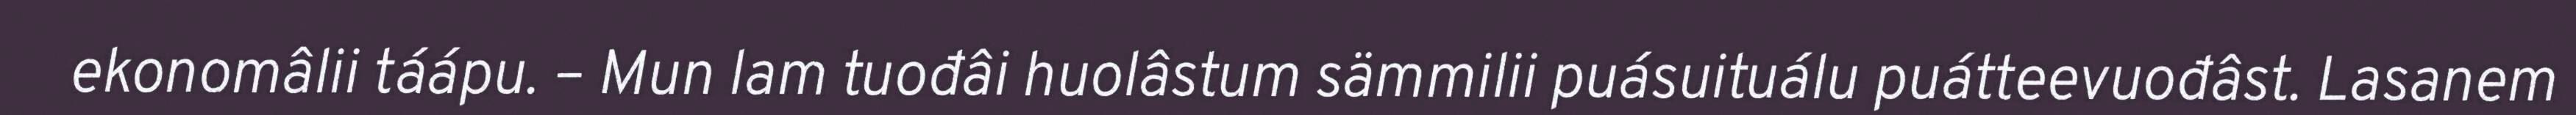
ekonomâlii táápu. – Mun lam tuođâi huolâstum sämmilii puásuituálu puátteevuođâst. Lasanem